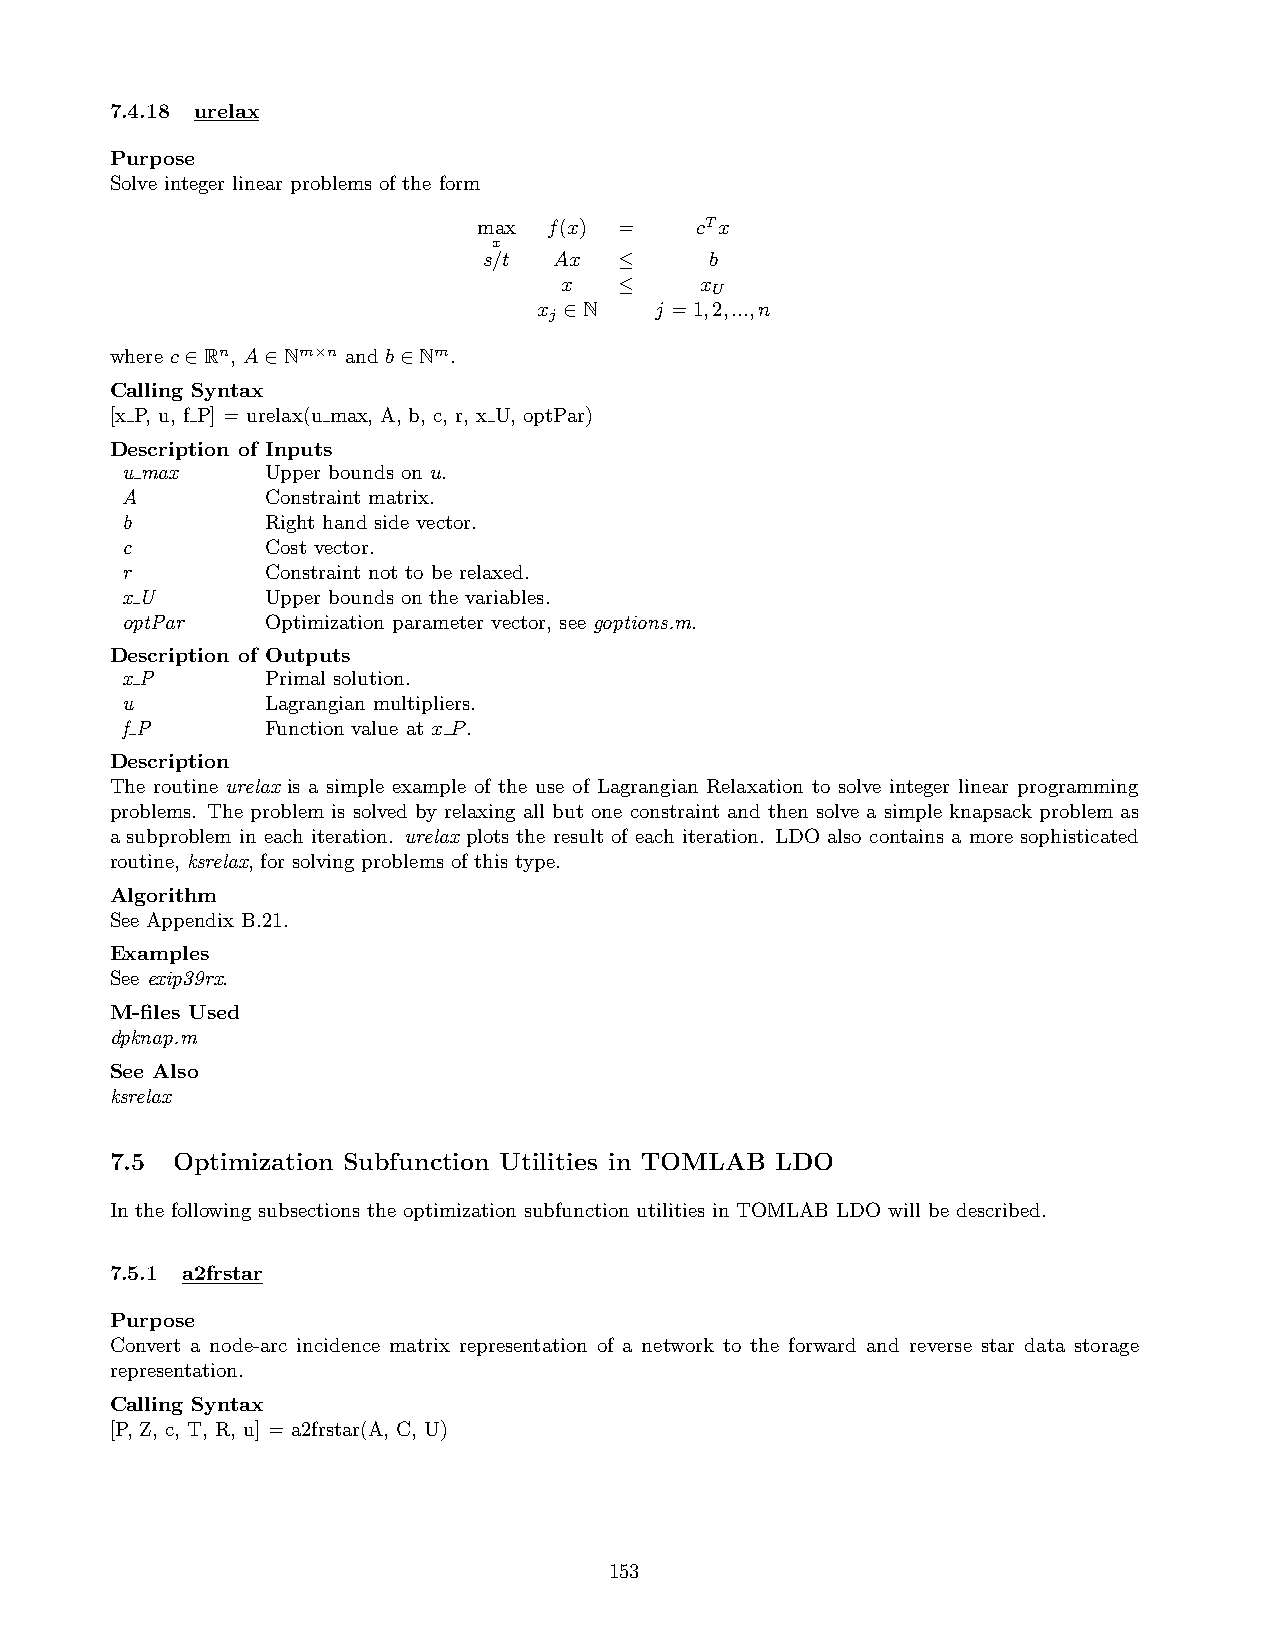
7.4.18 urelax
 Purpose
 Solve integer linear problems of the form
 max f(x) =    cTx
 x
 s/t  Ax  ≤     b
 x   ≤    x
 U
 x ∈N   j =1,2,...,n
 j
 where c∈Rn, A∈Nm×n and b∈Nm.
 Calling Syntax
 [x P, u, f P] = urelax(u max, A, b, c, r, x U, optPar)
 Description of Inputs
 u max     Upper bounds on u.
 A         Constraint matrix.
 b         Right hand side vector.
 c         Cost vector.
 r         Constraint not to be relaxed.
 x U       Upper bounds on the variables.
 optPar    Optimization parameter vector, see goptions.m.
 Description of Outputs
 x P       Primal solution.
 u         Lagrangian multipliers.
 f P       Function value at x P.
 Description
 The routine urelax is a simple example of the use of Lagrangian Relaxation to solve integer linear programming
 problems. The problem is solved by relaxing all but one constraint and then solve a simple knapsack problem as
 a subproblem in each iteration. urelax plots the result of each iteration. LDO also contains a more sophisticated
 routine, ksrelax, for solving problems of this type.
 Algorithm
 See Appendix B.21.
 Examples
 See exip39rx.
 M-files Used
 dpknap.m
 See Also
 ksrelax
 7.5 Optimization Subfunction Utilities in TOMLAB LDO
 In the following subsections the optimization subfunction utilities in TOMLAB LDO will be described.
 7.5.1 a2frstar
 Purpose
 Convert a node-arc incidence matrix representation of a network to the forward and reverse star data storage
 representation.
 Calling Syntax
 [P, Z, c, T, R, u] = a2frstar(A, C, U)
 153